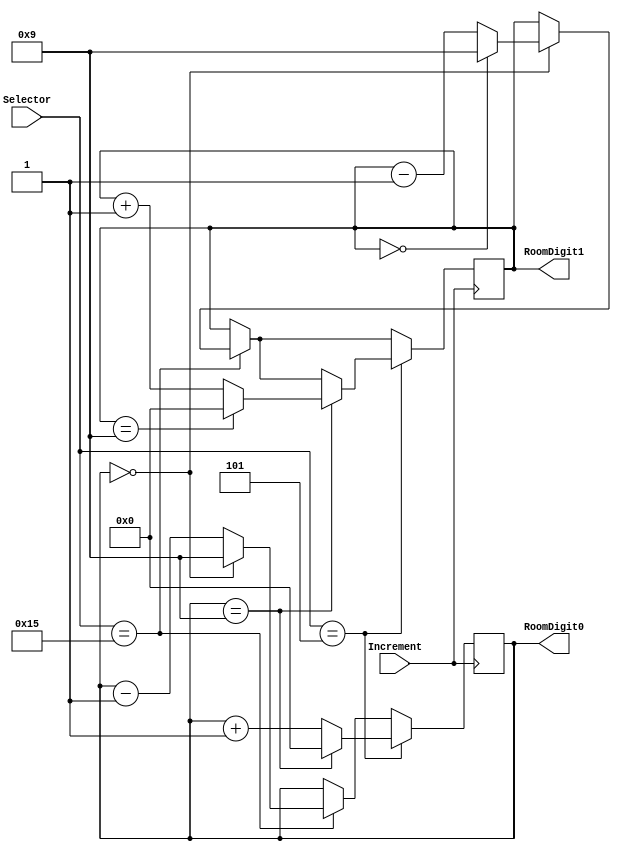
module AddRemoveArea(Selector, Increment, RoomDigit1, RoomDigit0);

	//inputs
	input [7:0] Selector;
	input wire Increment;

	//outputs
	output reg [3:0] RoomDigit1, RoomDigit0;

	always @ ( posedge Increment) begin

	if (Selector == 21) begin
		if (RoomDigit0 == 4'b0000) begin	//if 9 seconds na, i zero niya then i increment si tens
				RoomDigit0 <= 9;
				if(RoomDigit1 == 4'b0000) //if 99 seconds na, i zero niya si tens then i increment si minutes
					RoomDigit1 <= 9;
				else
					RoomDigit1 <= RoomDigit1 - 1;
		end
		else
				RoomDigit0 <= RoomDigit0 - 1;
	end
	
	
	
	if (Selector == 5) begin
	if (RoomDigit0 == 4'b1001) begin	//if 9 seconds na, i zero niya then i increment si tens
				RoomDigit0 <= 0;
				if(RoomDigit1 == 4'b1001) //if 99 seconds na, i zero niya si tens then i increment si minutes
					RoomDigit1 <= 0;
				else
					RoomDigit1 <= RoomDigit1 + 1;
		end
		else
				RoomDigit0 <= RoomDigit0 + 1;
	end
	
	end
endmodule